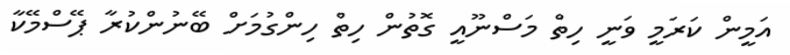
އަމީން ކަރަމީ ވަނީ ހިތް މަސްނޫއީ ގޮތުން ހިތް ހިންގުމަށް ބޭނުންކުރާ ޕޭސްމޭކާ